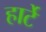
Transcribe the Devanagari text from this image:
हार्टे